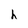
Character: h